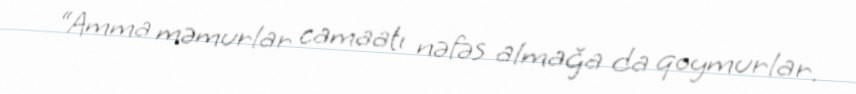
“Amma məmurlar camaatı nəfəs almağa da qoymurlar.